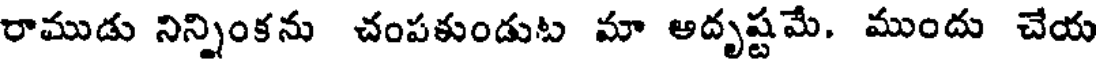
రాముడు నిన్నింకను చంపకుండుట మా అదృష్టమే, ముందు చేయ